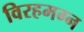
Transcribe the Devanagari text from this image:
विरहमग्न